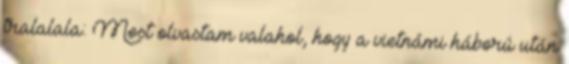
tralalala: Most olvastam valahol, hogy a vietnámi háború után